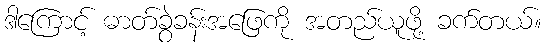
ဒါကြောင့် ဓာတ်ခွဲခန်းအဖြေကို အတည်ယူဖို့ ခက်တယ်။